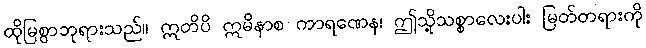
ထိုမြစွာဘုရားသည်။ ဣတိပိ ဣမိနာစ ကာရဏေန၊ ဤသို့သစ္စာလေးပါး မြတ်တရားကို